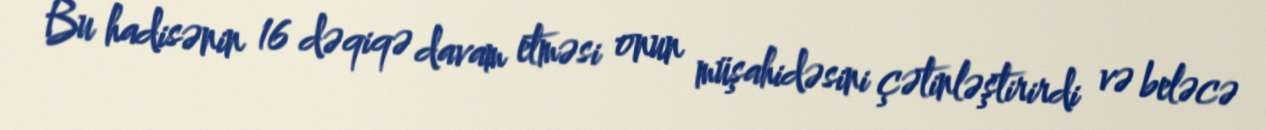
Bu hadisənin 16 dəqiqə davam etməsi onun müşahidəsini çətinləştirirdi və beləcə